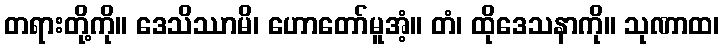
တရားတို့ကို။ ဒေသိဿာမိ၊ ဟောတော်မူအံ့။ တံ၊ ထိုဒေသနာကို။ သုဏာထ၊